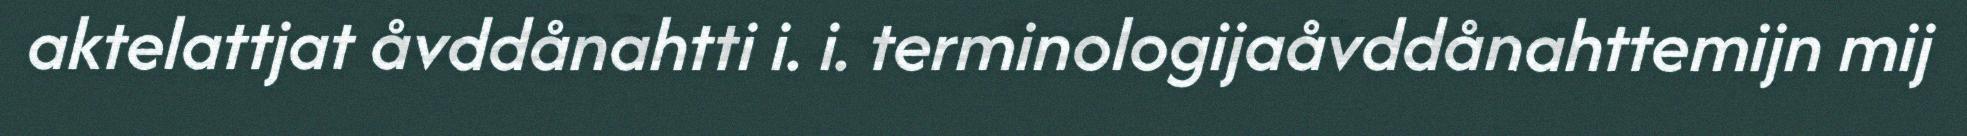
aktelattjat åvddånahtti i. i. terminologijaåvddånahttemijn mij